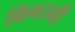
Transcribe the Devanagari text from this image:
बिगरनी